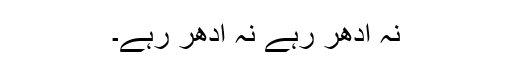
نہ اِدھر رہے نہ اُدھر رہے۔